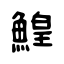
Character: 鰉